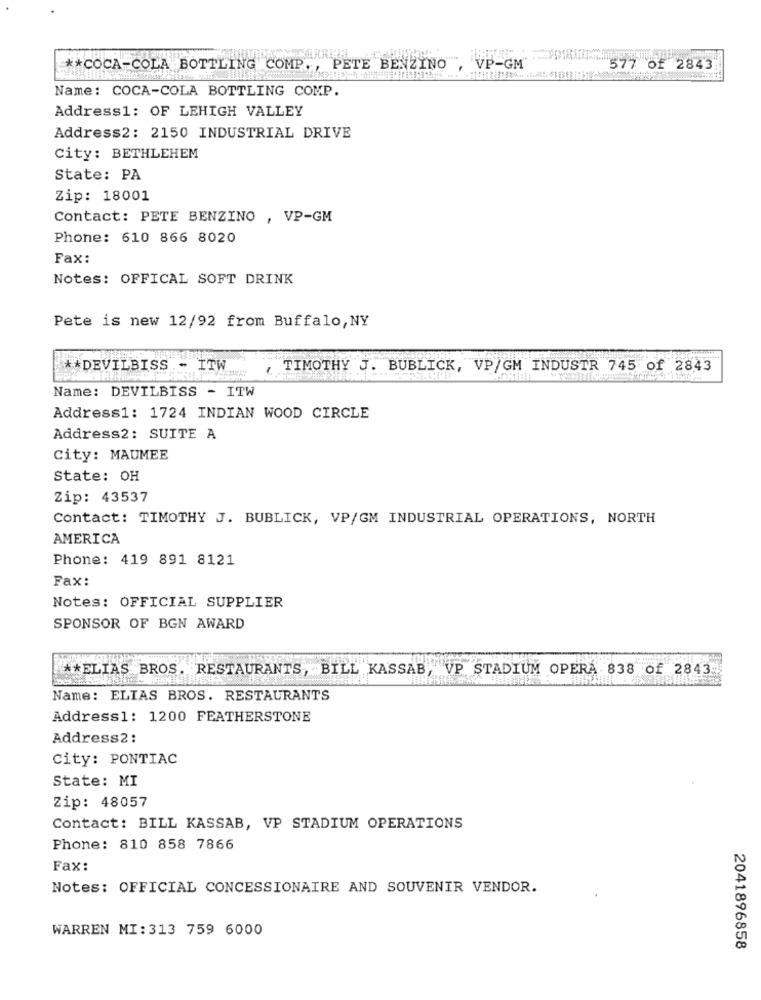
** COCA-COLA BOTTLING COMP ., PETE BENZINO"
VP-GM
577 of 2843
Name: COCA-COLA BOTTLING COMP.
Address1: OF LEHIGH VALLEY
Address2: 2150 INDUSTRIAL DRIVE
City: BETHLEHEM
State: PA
Zip: 18001
Contact: PETE BENZINO , VP-GM
Phone: 610 866 8020
Fax:
Notes: OFFICAL SOFT DRINK
Pete is new 12/92 from Buffalo, NY
** DEVILBISS - ITW
, TIMOTHY J. BUBLICK, VP/GM INDUSTR 745 of 2843
Name: DEVILBISS - ITW
Address1: 1724 INDIAN WOOD CIRCLE
Address2: SUITE A
City: MAUMEE
State: OH
Zip: 43537
Contact: TIMOTHY J. BUBLICK, VP/GM INDUSTRIAL OPERATIONS, NORTH
AMERICA
Phone: 419 891 8121
Fax:
Notes: OFFICIAL SUPPLIER
SPONSOR OF BGN AWARD
** ELIAS BROS. RESTAURANTS, BILL KASSAB, VP STADIUM OPERA 838 of 2843
Name: ELIAS BROS. RESTAURANTS
Address1: 1200 FEATHERSTONE
Address2 :
city: PONTIAC
State: MI
Zip: 48057
Contact: BILL KASSAB, VP STADIUM OPERATIONS
Phone: 810 858 7866
Fax:
Notes: OFFICIAL CONCESSIONAIRE AND SOUVENIR VENDOR.
WARREN MI: 313 759 6000
2041896858